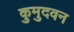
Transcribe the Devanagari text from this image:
कुमुदवन